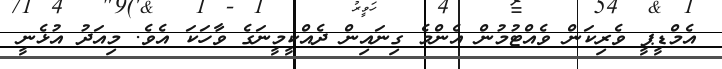
އެމްޑީޕީ ވެރިކަން ވެއްޓުމުން އެންމެ ގިނައިން ދެއްކީމީނަގެ ވާހަކަ އެވެ. މިއަދު އުޅެނީ